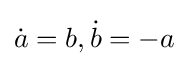
{\dot {a}}=b,{\dot {b}}=-a